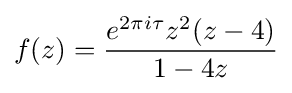
f(z)={\frac {e^{2\pi i\tau }z^{2}(z-4)}{1-4z}}